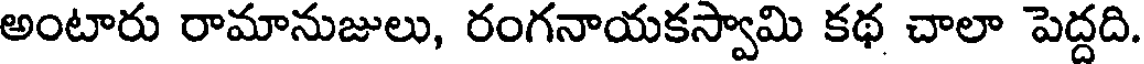
అంటారు రామానుజులు, రంగనాయకస్వామి కథ చాలా పెద్దది.